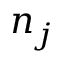
n _ { j }